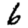
Digit: 6